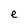
Character: e